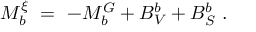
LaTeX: { \cal M } _ { b } ^ { \xi } \ = \ - { \cal M } _ { b } ^ { G } + B _ { V } ^ { b } + B _ { S } ^ { b } \ .